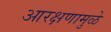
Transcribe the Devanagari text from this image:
आरक्षणामुळे